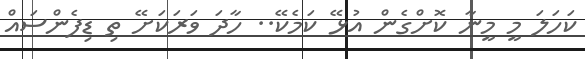
ކަހަލަ މީ މީނާ ކޮށްގެން އުޅޭ ކަމެކޭ.. ހާދަ ވަރަކަށޭ ތި ޑިފެންސައް